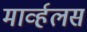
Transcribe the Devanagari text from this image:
मार्व्हलस